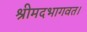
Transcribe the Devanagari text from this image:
श्रीमदभागवत।